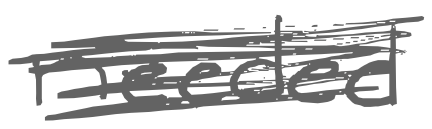
Text: needed
Cross-out: mix
Writing tool: digital_gray